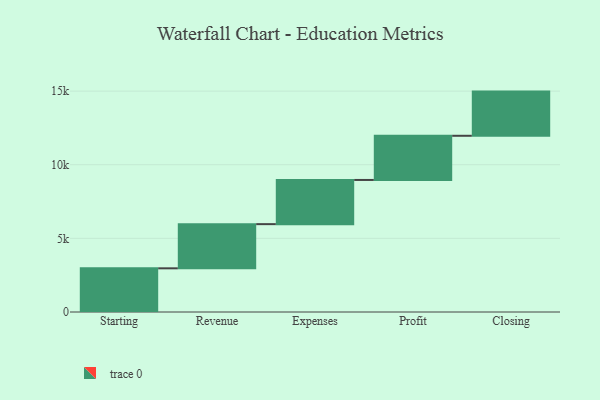
{"axis": {"x": "Step", "y": "Value"}, "legend": [""], "data": [{"x": "Starting", "y": 2966.0, "type": ""}, {"x": "Revenue", "y": 3000, "type": ""}, {"x": "Expenses", "y": 3000, "type": ""}, {"x": "Profit", "y": 3000, "type": ""}, {"x": "Closing", "y": 3000, "type": ""}]}